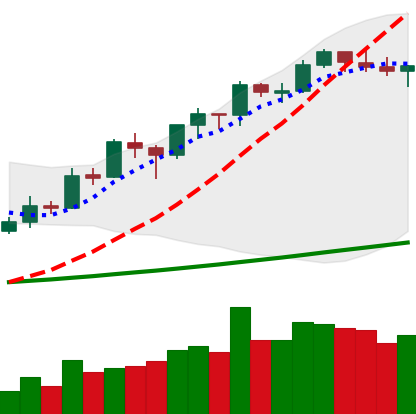
Ticker: BNB-USD
Chart end date: 2019-05-29
Forward return: -6.971%
Label: down_5_7